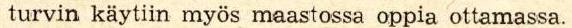
taikatempuista. Kursseja johti Suomen Ladun hiihtovalmentaja, jonka